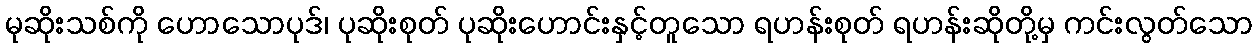
မုဆိုးသစ်ကို ဟောသောပုဒ်၊ ပုဆိုးစုတ် ပုဆိုးဟောင်းနှင့်တူသော ရဟန်းစုတ် ရဟန်းဆိုတို့မှ ကင်းလွတ်သော